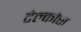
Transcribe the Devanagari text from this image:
टेल्कोस